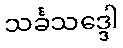
သင်္ခသဒ္ဒေါ